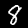
Digit: 8